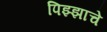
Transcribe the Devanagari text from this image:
पिझ्झाचे